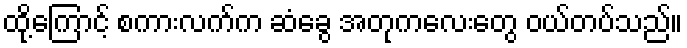
ထို့ကြောင့် စကားလက်က ဆံခွေ အတုကလေးတွေ ဝယ်တပ်သည်။